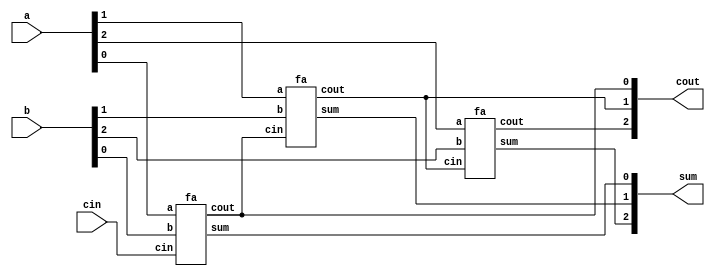
module top_module ( 
    input [2:0] a, b,
    input cin,
    output [2:0] cout,
    output [2:0] sum );
    
    wire[2:0] cout_i;
    
    genvar i;
    	fa stage0 ( .a(a[0]), .b(b[0]), .cin(cin), .sum(sum[0]), .cout(cout_i[0]) );
    generate
        for (i = 1; i<=2; i = i + 1) begin : generating
            fa stages ( .a(a[i]), .b(b[i]), .cin(cout_i[i-1]), .sum(sum[i]), .cout(cout_i[i]) );
        end // generating
    endgenerate
    
    assign cout = cout_i;
endmodule

module fa ( input a, input b, input cin, output sum, output cout );
    
    assign cout = ((a & b) | (cin & a) | (cin & b));
    assign sum = a ^ b ^ cin;

endmodule